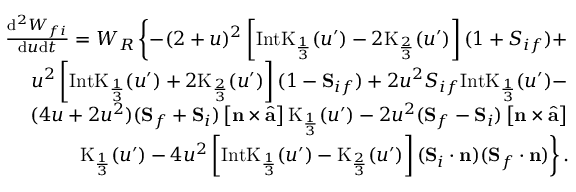
\begin{array} { r l r } & { } & { \frac { \mathrm { d } ^ { 2 } W _ { f i } } { \mathrm { d } u \mathrm { d } t } = W _ { R } \left\{ - ( 2 + u ) ^ { 2 } \left[ \mathrm { I n t K } _ { \frac { 1 } { 3 } } ( u ^ { \prime } ) - 2 \mathrm { K } _ { \frac { 2 } { 3 } } ( u ^ { \prime } ) \right] ( 1 + { S } _ { i f } ) + \right. } \\ & { } & { \left. u ^ { 2 } \left[ \mathrm { I n t K } _ { \frac { 1 } { 3 } } ( u ^ { \prime } ) + 2 \mathrm { K } _ { \frac { 2 } { 3 } } ( u ^ { \prime } ) \right] ( 1 - { \bf S } _ { i f } ) + 2 u ^ { 2 } { S } _ { i f } \mathrm { I n t K } _ { \frac { 1 } { 3 } } ( u ^ { \prime } ) - \right. } \\ & { } & { \left. ( 4 u + 2 u ^ { 2 } ) ( { \bf S } _ { f } + { \bf S } _ { i } ) \left[ { \bf n } \times \hat { { \bf a } } \right] \mathrm { K } _ { \frac { 1 } { 3 } } ( u ^ { \prime } ) - 2 u ^ { 2 } ( { \bf S } _ { f } - { \bf S } _ { i } ) \left[ { \bf n } \times \hat { { \bf a } } \right] \right. } \\ & { } & { \left. \mathrm { K } _ { \frac { 1 } { 3 } } ( u ^ { \prime } ) - 4 u ^ { 2 } \left[ \mathrm { I n t K } _ { \frac { 1 } { 3 } } ( u ^ { \prime } ) - \mathrm { K } _ { \frac { 2 } { 3 } } ( u ^ { \prime } ) \right] ( { \bf S } _ { i } \cdot { \bf n } ) ( { \bf S } _ { f } \cdot { \bf n } ) \right\} . } \end{array}